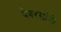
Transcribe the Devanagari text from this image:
देवरसांनी